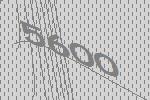
5600